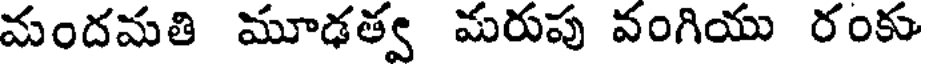
మందమతి మూఢత్వ మరుపు వంగియు రంకు